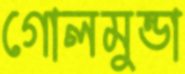
গোলমুন্ডা